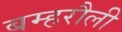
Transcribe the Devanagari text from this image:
बम्हरौली